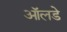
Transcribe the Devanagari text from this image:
ऑलडे